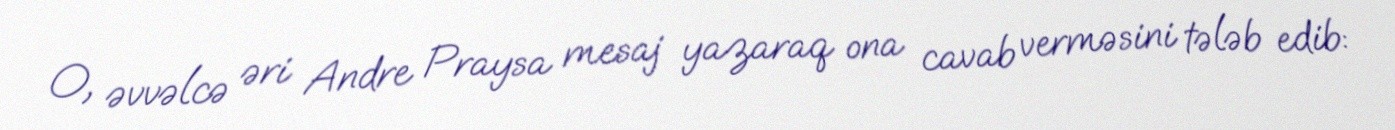
O, əvvəlcə əri Andre Praysa mesaj yazaraq ona cavab verməsini tələb edib: